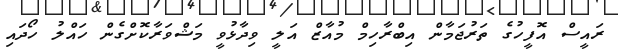
ރައީސް އޮފީހުގެ ތަރުޖަމާން އިބްރާހިމް މުއާޒް އަލީ ވިދާޅުވީ މަޝްވަރާކޮށްގެން ހައްލު ހޯދައި